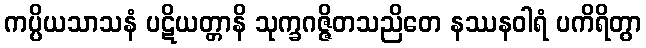
ကပ္ပိယသာသနံ ပဋိယတ္တာနိ သုက္ခဂဇ္ဇိတသညိတေ နဿနဝါရံ ပကိရိတွာ